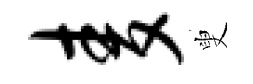
麦叟